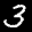
Label: 3